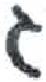
אות: ג